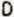
D